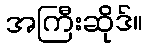
အကြီးဆိုဒ်။